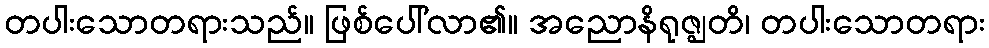
တပါးသောတရားသည်။ ဖြစ်ပေါ်လာ၏။ အညောနိရုဇ္ဈတိ၊ တပါးသောတရား